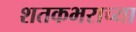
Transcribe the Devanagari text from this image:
शतकभराच्या